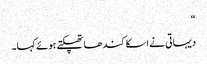
“
دیہاتی نے اسکا کندھا تھپکتے ہوئے کہا۔